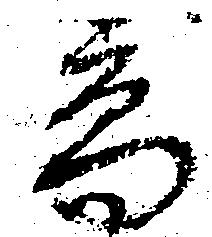
高